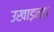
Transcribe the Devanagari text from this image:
उखाड़ना।